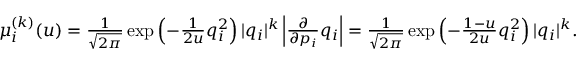
\begin{array} { r } { \mu _ { i } ^ { ( k ) } ( u ) = \frac { 1 } { \sqrt { 2 \pi } } \exp \left( - \frac { 1 } { 2 u } q _ { i } ^ { 2 } \right) | q _ { i } | ^ { k } \left| \frac { \partial } { \partial p _ { i } } q _ { i } \right| = \frac { 1 } { \sqrt { 2 \pi } } \exp \left( - \frac { 1 - u } { 2 u } q _ { i } ^ { 2 } \right) | q _ { i } | ^ { k } . } \end{array}